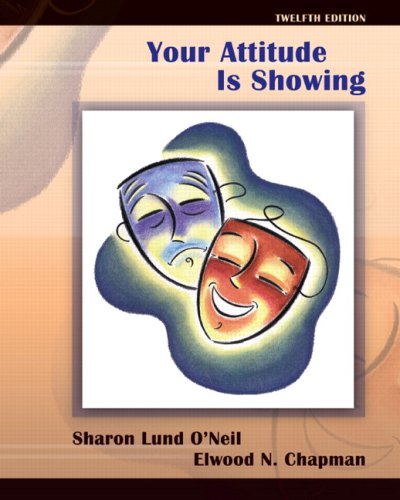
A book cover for Your Attitude Is Showing (12th Edition); Sharon Lund O'Neil; Medical Books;